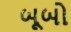
બૂબો